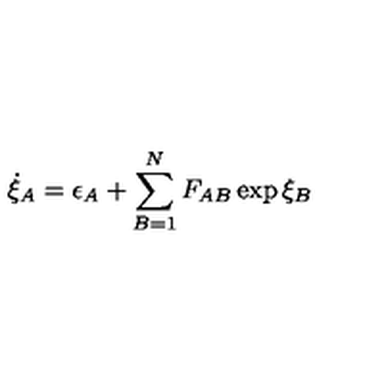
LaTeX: \dot { \xi } _ { A } = \epsilon _ { A } + \sum _ { B = 1 } ^ { N } F _ { A B } \exp \xi _ { B }